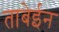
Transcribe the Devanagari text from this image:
ताबेईन